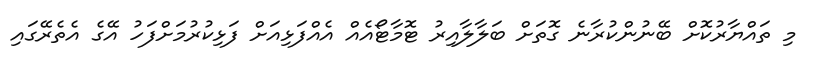
މި ތައްޔާރުކޮށް ބޭނުންކުރާނެ ގޮތަށް ބަލާލާއިރު ޓޮމާޓޯއެއް އެއްފަޅިއަށް ފަޅިކުރުމަށްފަހު އޭގެ އެތެރޭގައި